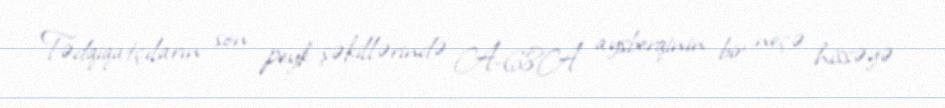
Tədqiqatçıların son peyk şəkillərində A-68A aysberqinin bir neçə hissəyə